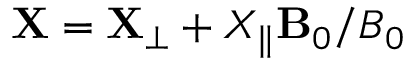
\mathbf { X } = \mathbf { X } _ { \perp } + X _ { \parallel } \mathbf { B } _ { 0 } / B _ { 0 }